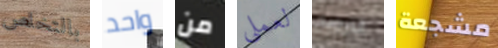
بالتخلص واحد من لعملي الترويج مشجعة